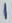
Text: 1